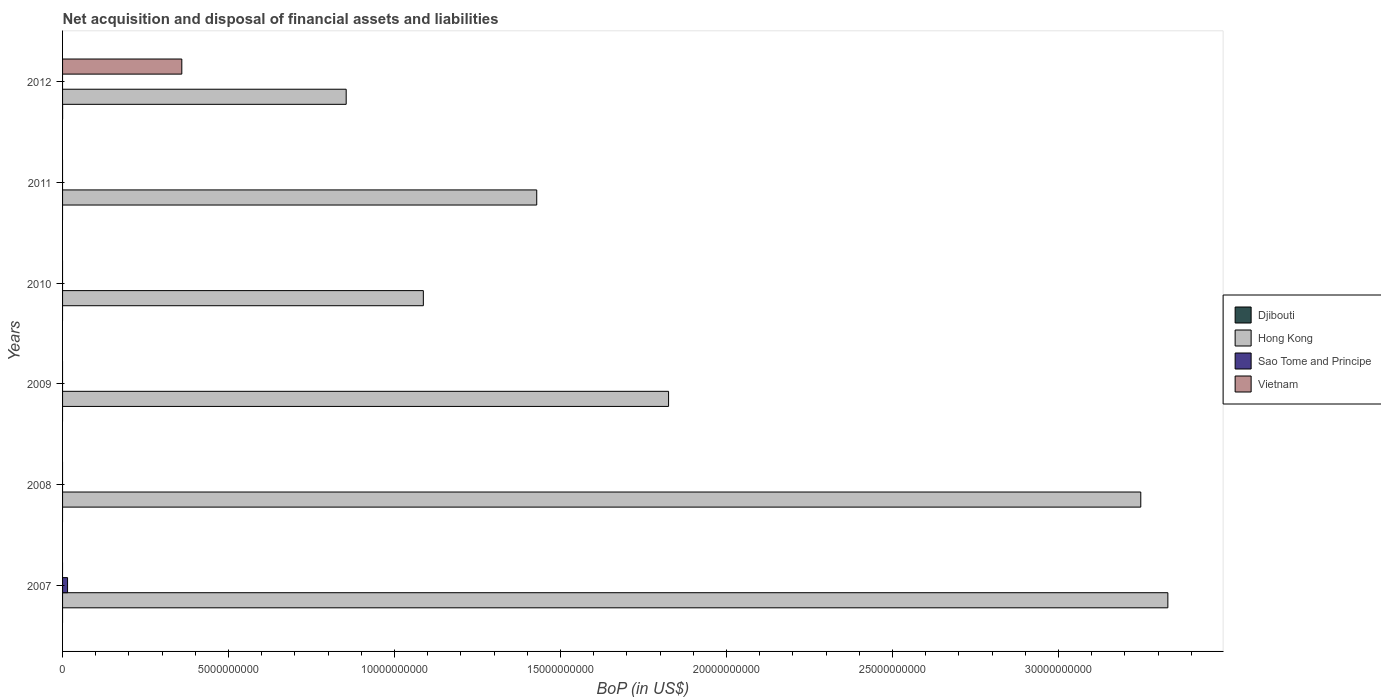
| Years | Djibouti | Hong Kong | Sao Tome and Principe | Vietnam |
 | --- | --- | --- | --- | --- |
 | 2007 | -2.18e+08 | 3.33e+10 | 1.5e+08 | -7.53e+09 |
 | 2008 | -1.34e+08 | 3.25e+10 | -6.96e+07 | -1.19e+10 |
 | 2009 | -5.07e+07 | 1.83e+10 | -4.85e+07 | -1.56e+10 |
 | 2010 | -1.75e+07 | 1.09e+10 | -5.59e+07 | -7.97e+09 |
 | 2011 | -1.51e+08 | 1.43e+10 | -6.61e+07 | -5.24e+09 |
 | 2012 | 9.34e+05 | 8.54e+09 | -6.58e+07 | 3.59e+09 |